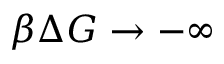
\beta \Delta G \rightarrow - \infty